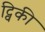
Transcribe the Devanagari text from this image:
ट्विकी